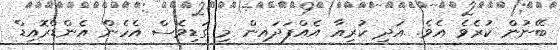
ބޭނުން ކުރެވެ އެވެ. އަދި ކުރިއާ އެއްފަދައިން މި ގަޑިވެސް އެހެން އެންޑްރޮއިޑް